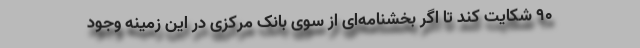
۹۰ شکایت کند تا اگر بخشنامه‌ای از سوی بانک مرکزی در این زمینه وجود